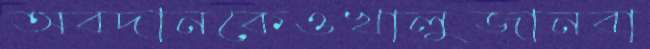
অবদানকেওখালুজানবা